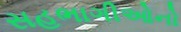
સહભાગીઓનો